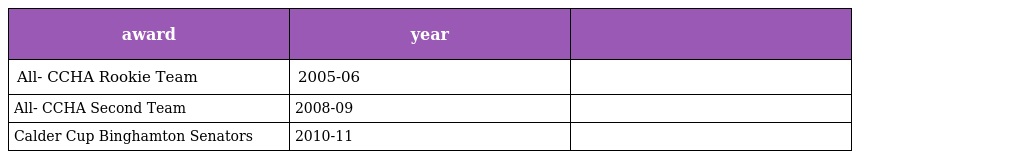
| award | year |  |
 | --- | --- | --- |
 | All- CCHA Rookie Team | 2005-06 |  |
 | All- CCHA Second Team | 2008-09 |  |
 | Calder Cup Binghamton Senators | 2010-11 |  |